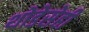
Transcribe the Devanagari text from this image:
थोडेसेही